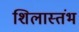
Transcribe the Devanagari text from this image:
शिलास्तंभ